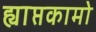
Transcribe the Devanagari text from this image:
ह्याप्तकामो